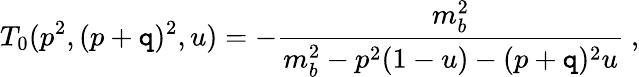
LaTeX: T_{0}(p^{2},(p+\mathtt{q})^{2},u)=-\frac{{m_{b}^{2}}}{{m_{b}^{2}-p^{2}(1-u)-(p+\mathtt{q})^{2}u}}~,